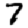
Digit: 7